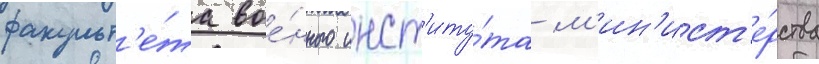
факульт'е́та вое́нного инст'иту́та м'ин'ист'е́рства